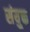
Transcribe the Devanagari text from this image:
संयु्क्त